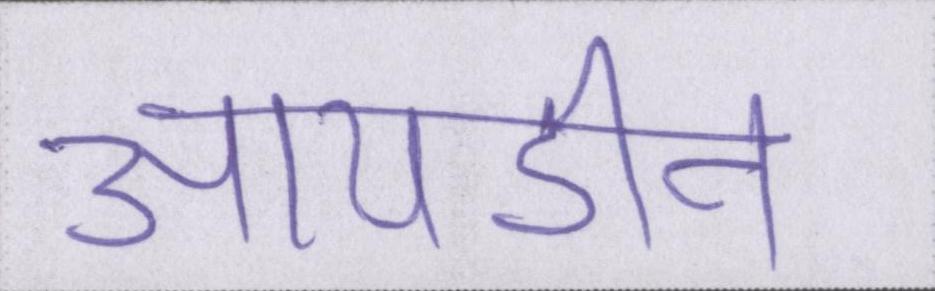
आयडीन